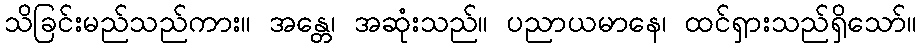
သိခြင်းမည်သည်ကား။ အန္တေ၊ အဆုံးသည်။ ပညာယမာနေ၊ ထင်ရှားသည်ရှိသော်။